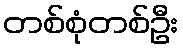
တစ်စုံတစ်ဦး